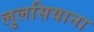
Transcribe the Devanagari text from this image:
लुलसियाना